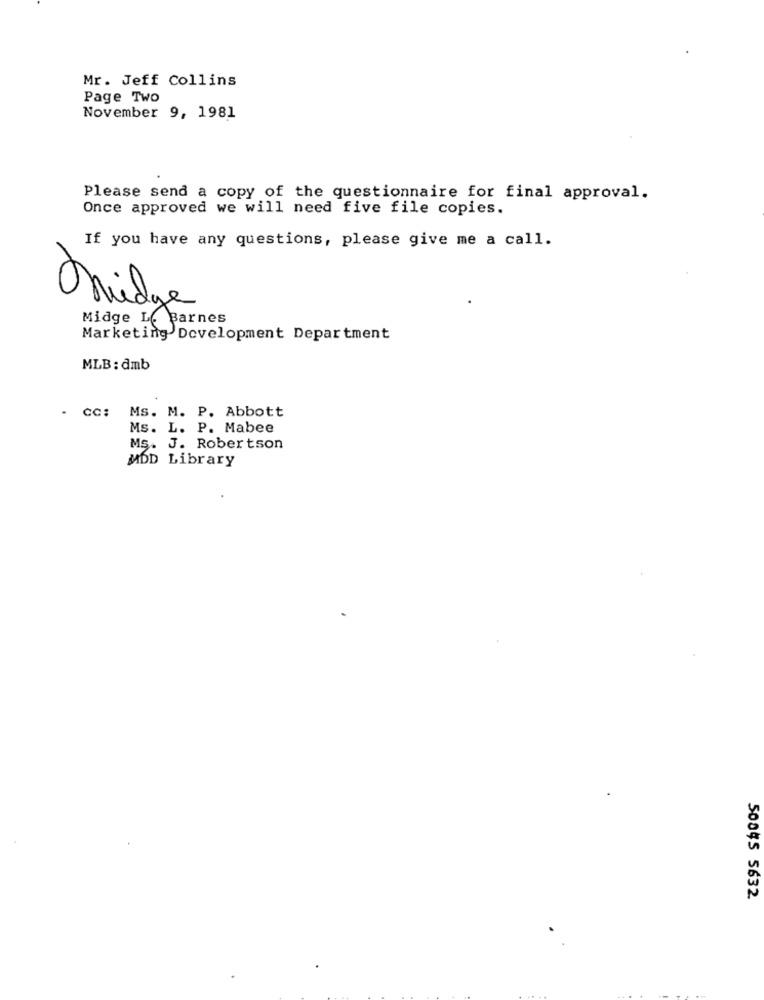
Mr. Jeff Collins
Page Two
November 9, 1981
Please send a copy of the questionnaire for final approval.
Once approved we will need five file copies.
If you have any questions, please give me a call.
Tridge
Midge Le Barnes
Marketing Development Department
MLB: dmb
Ms. M. P. Abbott
- CC:
Ms. L. P. Mabee
Ms. J. Robertson
MDD Library
50045 5632.